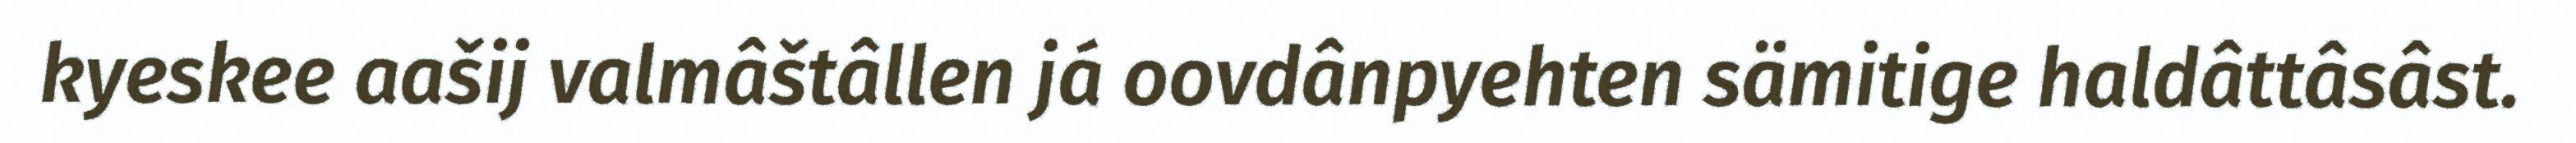
kyeskee aašij valmâštâllen já oovdânpyehten sämitige haldâttâsâst.